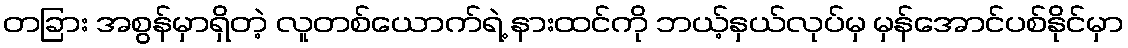
တခြား အစွန်မှာရှိတဲ့ လူတစ်ယောက်ရဲ့ နားထင်ကို ဘယ့်နှယ်လုပ်မှ မှန်အောင်ပစ်နိုင်မှာ